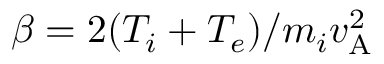
\beta = 2 ( T _ { i } + T _ { e } ) / m _ { i } v _ { \mathrm { A } } ^ { 2 }